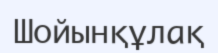
Шойынқұлақ